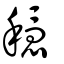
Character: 穩